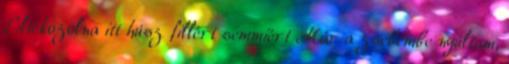
Eltékozolna itt húsz fillért semmiért Már a zsebembe nyúltam,